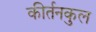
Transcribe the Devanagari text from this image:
कीर्तनकुल